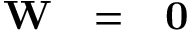
\textrm { \textbf { W } } = \textrm { \textbf { 0 } }